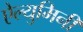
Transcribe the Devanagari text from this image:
ऐल्युमिनी